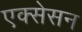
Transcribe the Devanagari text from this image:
एक्सेसन